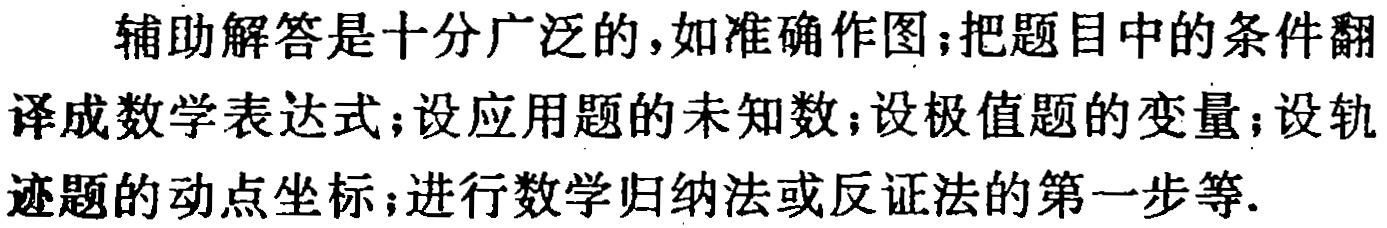
辅助解答是十分广泛的,如准确作图;把题目中的条件翻译成数学表达式;设应用题的未知数;设极值题的变量;设轨迹题的动点坐标;进行数学归纳法或反证法的第一步等.